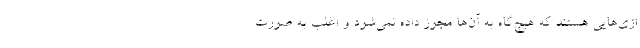
ازی‌هایی هستند که هیچ‌گاه به آن‌ها مجوز داده نمی‌شود و اغلب به صورت